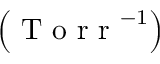
\left( \mathrm { ~ T ~ o ~ r ~ r ~ } ^ { - 1 } \right)